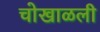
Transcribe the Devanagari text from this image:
चोखाळली